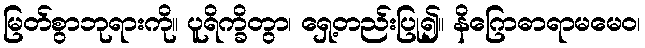
မြတ်စွာဘုရားကို။ ပူရိက္ခိတွာ၊ ရှေ့တည်းပြု၍။ နိဂြောဓာရာမမေဝ၊